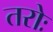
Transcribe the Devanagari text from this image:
तरोः